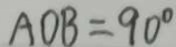
A O B = 9 0 ^ { \circ }